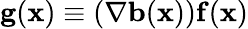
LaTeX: \mathbf{g}(\mathbf{x})\equiv(\nabla\mathbf{b}(\mathbf{x}))\mathbf{f}(\mathbf{x})